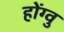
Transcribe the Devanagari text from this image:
होंग्वु